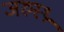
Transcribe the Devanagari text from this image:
जरुस्थ्र